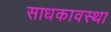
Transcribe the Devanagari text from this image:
साधकावस्था